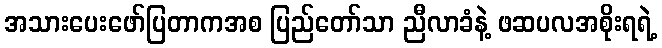
အသားပေးဖော်ပြတာကအစ ပြည်တော်သာ ညီလာခံနဲ့ ဖဆပလအစိုးရရဲ့